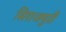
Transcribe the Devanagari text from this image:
सिराजपुरी